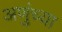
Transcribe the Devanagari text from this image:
अणुंच्या